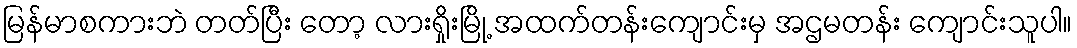
မြန်မာစကားဘဲ တတ်ပြီး တော့ လားရှိုးမြို့ အထက်တန်းကျောင်းမှ အဌမတန်း ကျောင်းသူပါ။